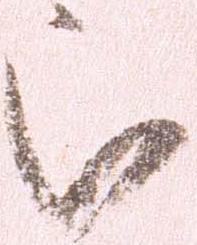
被